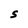
Character: S